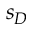
s _ { D }